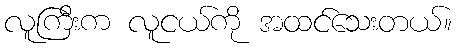
လူကြီးက လူငယ်ကို အထင်သေးတယ်။